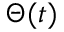
\Theta ( t )